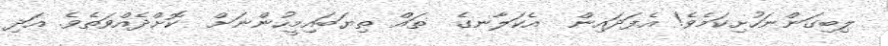
ލިބިގަންނަހުށިކަމެވެ! އެފަދައިން  އެކަލާނގެ  ތައް ތިޔަބައިމީހުންނަށް  ކޮށްދެއްވަތެވެ. އަދި